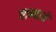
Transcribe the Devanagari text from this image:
लभ्वाजे